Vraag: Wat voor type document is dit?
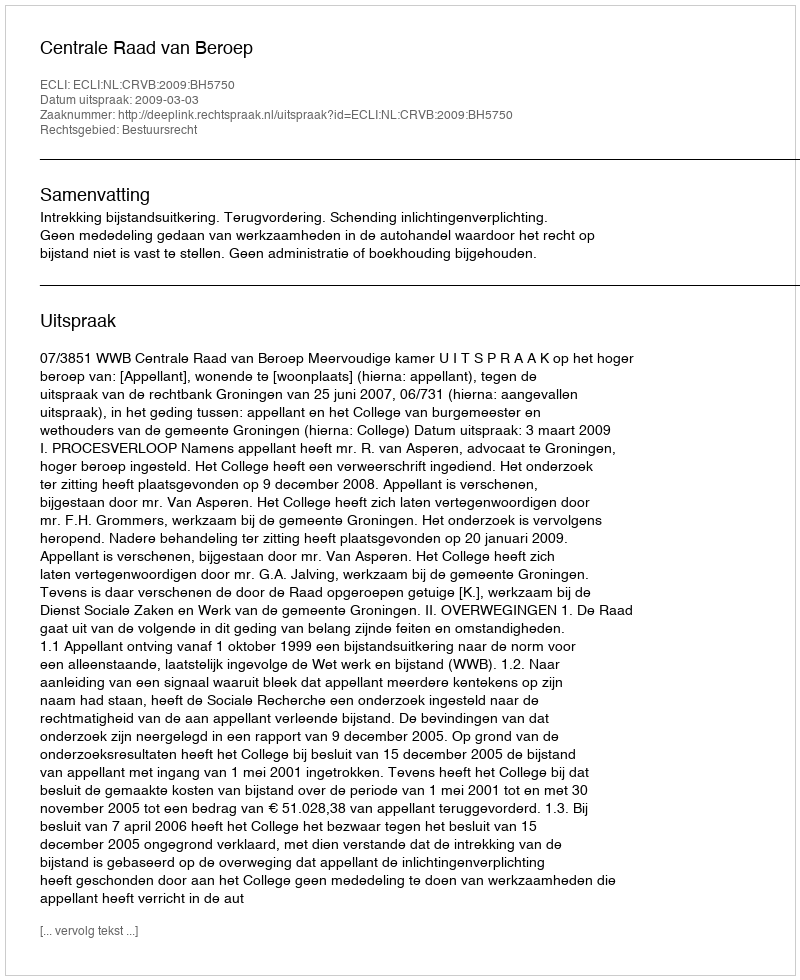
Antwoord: Uitspraak